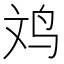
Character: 𪉃